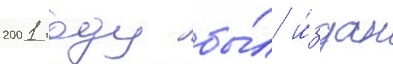
2001 году бы́л и́здан